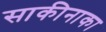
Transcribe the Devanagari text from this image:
साकीनाका